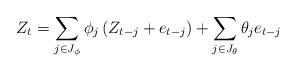
LaTeX: \begin{align*}Z_{t}=\sum_{j\in J_{\phi}}\phi_{j}\left( Z_{t-j}+e_{t-j}\right)+ \sum_{j\in J_{\theta}}\theta_j e_{t-j}\end{align*}